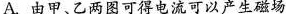
A.由甲、乙两图可得电流可以产生磁场